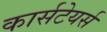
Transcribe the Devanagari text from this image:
कार्सटेयर्स